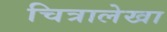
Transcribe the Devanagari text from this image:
चित्रालेखा